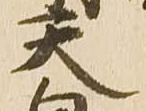
天